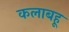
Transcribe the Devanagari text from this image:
कलाबहू